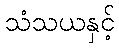
သံသယနှင့်